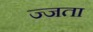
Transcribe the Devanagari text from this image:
ज्जता